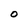
Character: O